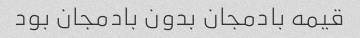
قیمه بادمجان بدون بادمجان بود